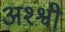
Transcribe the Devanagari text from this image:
अश्श्वी